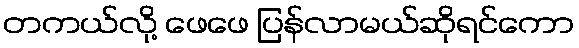
တကယ်လို့ ဖေဖေ ပြန်လာမယ်ဆိုရင်ကော